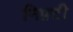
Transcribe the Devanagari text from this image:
निफ़्टी